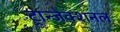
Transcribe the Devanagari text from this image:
ट्रान्जेक्शनल